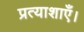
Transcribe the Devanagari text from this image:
प्रत्याशाएँ।